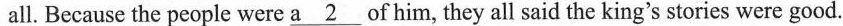
all. Because the people were \underline{a 2} of him, they all said the king's stories were good.